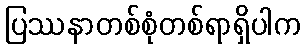
ပြဿနာတစ်စုံတစ်ရာရှိပါက